65_HS1-834228961_62-HQ-83894_Section_4
Agency: FBI
Page 99
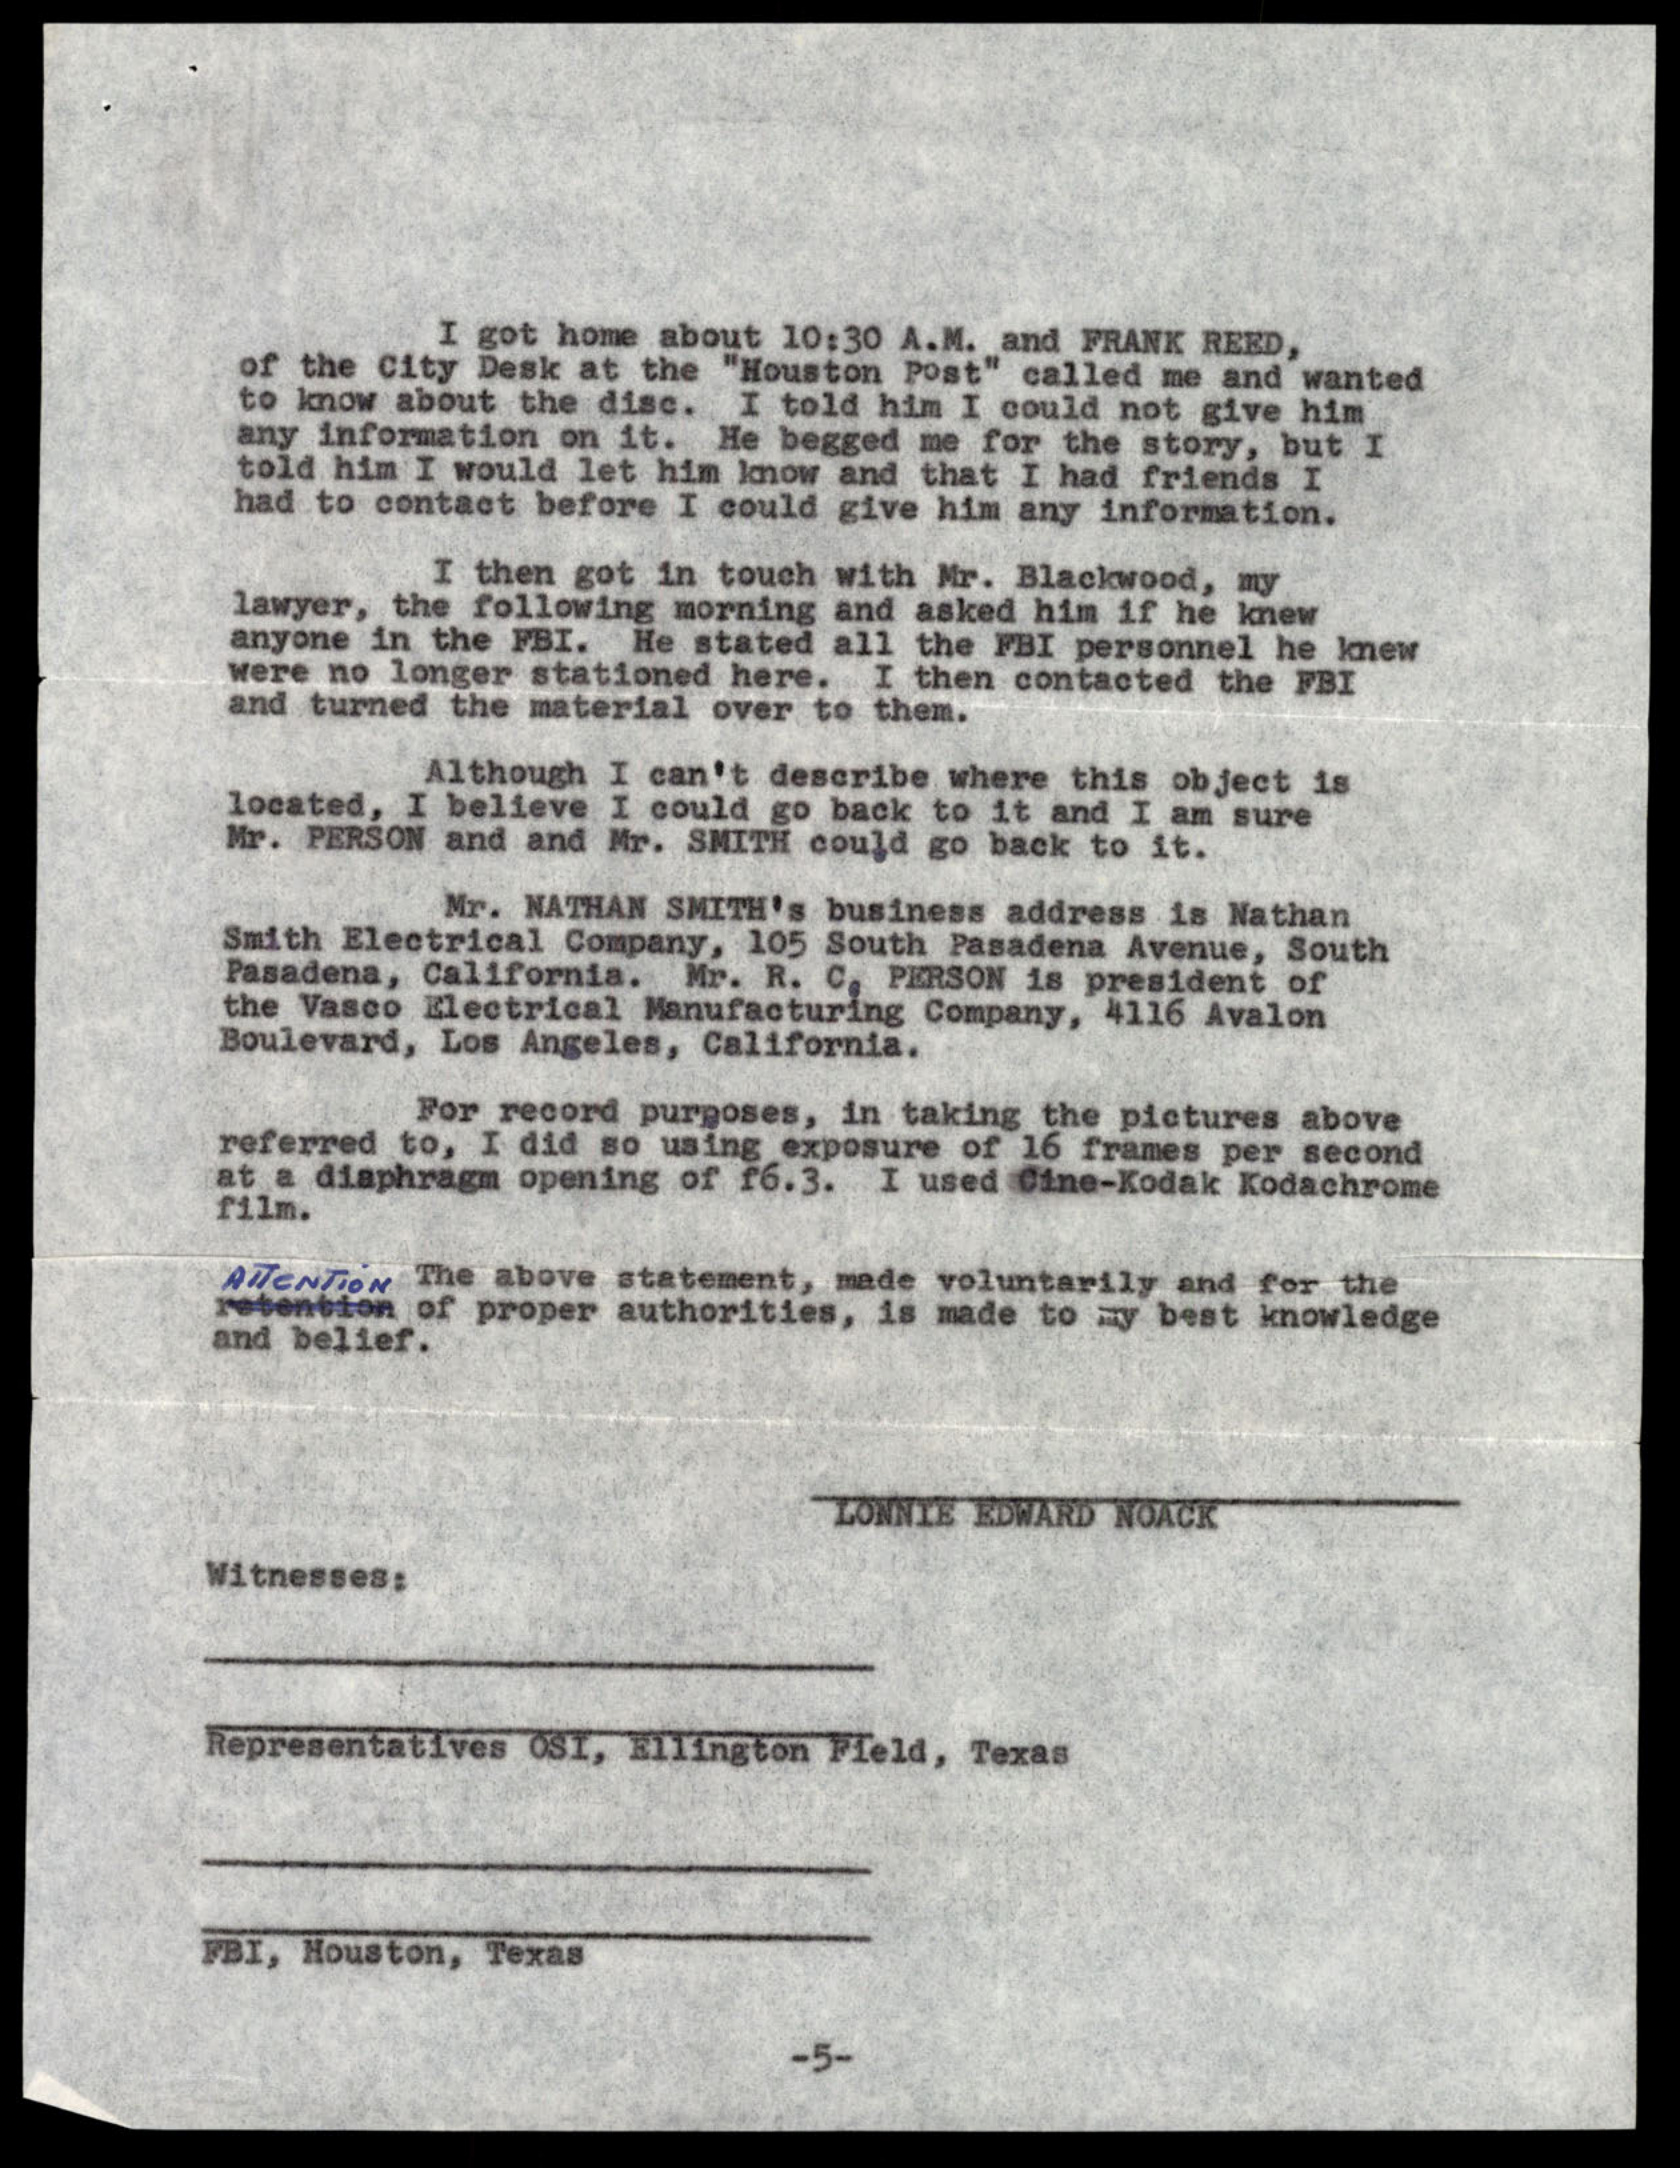